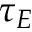
\tau _ { E }